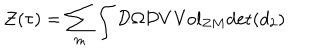
{ \cal { Z } } ( \tau { } ) = \sum _ { m } \int { \cal { D } } \Omega { \cal { D } } V { \mathrm { V o l } } _ { Z M } { \mathrm { d e t } } ( d _ { 2 } )